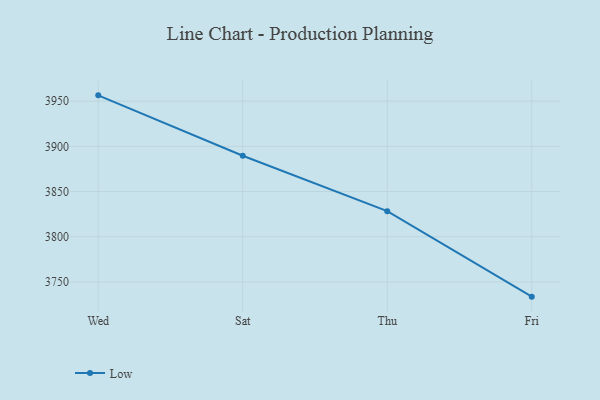
{"axis": {"x": "Day", "y": "Backlog"}, "legend": ["Low"], "data": [{"x": "Wed", "y": 3956.4, "type": "Low"}, {"x": "Sat", "y": 3889.6, "type": "Low"}, {"x": "Thu", "y": 3828.3, "type": "Low"}, {"x": "Fri", "y": 3733.7, "type": "Low"}]}